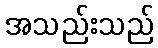
အသည်းသည်